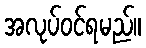
အလုပ်ဝင်ရမည်။